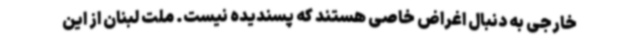
خارجی به دنبال اغراض خاصی هستند که پسندیده نیست. ملت لبنان از این